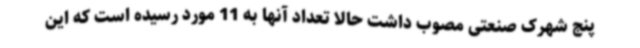
پنج شهرک صنعتی مصوب داشت حالا تعداد آنها به 11 مورد رسیده است که این